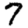
Digit: 7